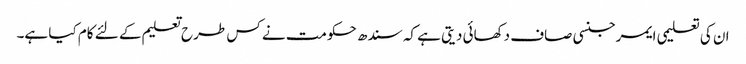
ان کی تعلیمی ایمرجنسی صاف دکھائی دیتی ہے کہ سندھ حکومت نے کس طرح تعلیم کے لئے کام کیا ہے۔